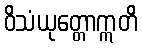
ဝိသံယုတ္တောဣတိ